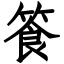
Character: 篒